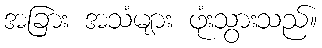
အခြား အသံများ ဖုံးသွားသည်။